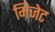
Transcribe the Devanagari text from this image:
मिजेट